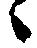
候